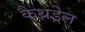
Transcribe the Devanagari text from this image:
कैथड्रेल